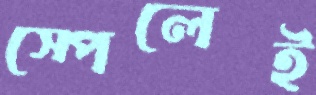
স্পেলেই